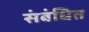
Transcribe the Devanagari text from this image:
संबंधित